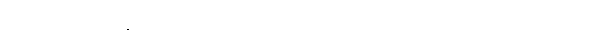
ဥပေက္ခာ ဝါ၊ လစ်လျူရှုသည်၏ အဖြစ်သည်လည်းကောင်း။ ပါဋိကုလျတာ ဝါ၊ စက်ဆုပ်ရွံရှာဖွယ်ရှိသည်၏